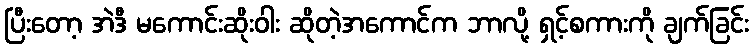
ပြီးတော့ အဲဒီ မကောင်းဆိုးဝါး ဆိုတဲ့အကောင်က ဘာလို့ ရှင့်စကားကို ချက်ခြင်း